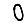
Digit: 0